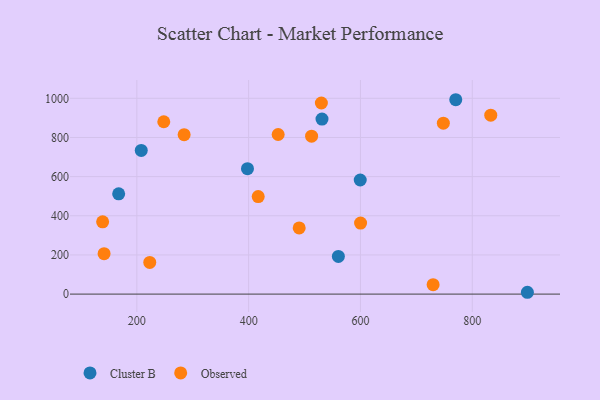
{"axis": {"x": "Ad Spend", "y": "Sales"}, "legend": ["Cluster B", "Observed"], "data": [{"x": "898.6", "y": 9.3, "type": "Cluster B"}, {"x": "560.5", "y": 192.5, "type": "Cluster B"}, {"x": "207.9", "y": 733.7, "type": "Cluster B"}, {"x": "167.5", "y": 512.1, "type": "Cluster B"}, {"x": "599.6", "y": 582.8, "type": "Cluster B"}, {"x": "397.9", "y": 640.8, "type": "Cluster B"}, {"x": "531.2", "y": 893.8, "type": "Cluster B"}, {"x": "770.5", "y": 992.7, "type": "Cluster B"}, {"x": "530.1", "y": 975.9, "type": "Observed"}, {"x": "452.8", "y": 815.0, "type": "Observed"}, {"x": "730.0", "y": 48.3, "type": "Observed"}, {"x": "138.8", "y": 369.3, "type": "Observed"}, {"x": "248.2", "y": 880.1, "type": "Observed"}, {"x": "833.1", "y": 913.8, "type": "Observed"}, {"x": "490.4", "y": 337.8, "type": "Observed"}, {"x": "748.3", "y": 872.8, "type": "Observed"}, {"x": "284.6", "y": 814.0, "type": "Observed"}, {"x": "600.2", "y": 362.5, "type": "Observed"}, {"x": "512.6", "y": 806.5, "type": "Observed"}, {"x": "417.1", "y": 498.1, "type": "Observed"}, {"x": "141.4", "y": 206.4, "type": "Observed"}, {"x": "223.1", "y": 162.0, "type": "Observed"}]}